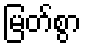
မြတ်စွာ